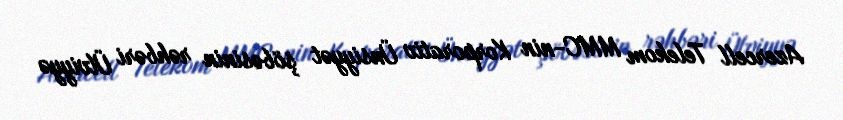
Azercell Telekom MMC-nin Korporativ Ünsiyyət şöbəsinin rəhbəri Ülviyyə